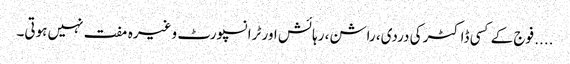
.... فوج کے کسی ڈاکٹر کی دردی، راشن، رہائش اور ٹرانسپورٹ وغیرہ مفت نہیں ہوتی۔